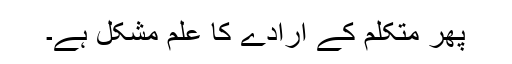
پھر متکلم کے ارادے کا علم مشکل ہے۔